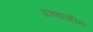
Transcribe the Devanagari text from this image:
उच्चासीन